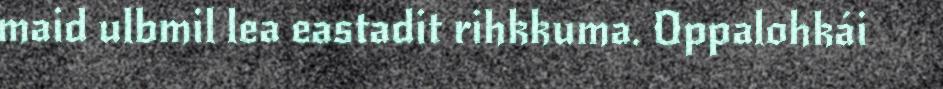
maid ulbmil lea eastadit rihkkuma. Oppalohkái